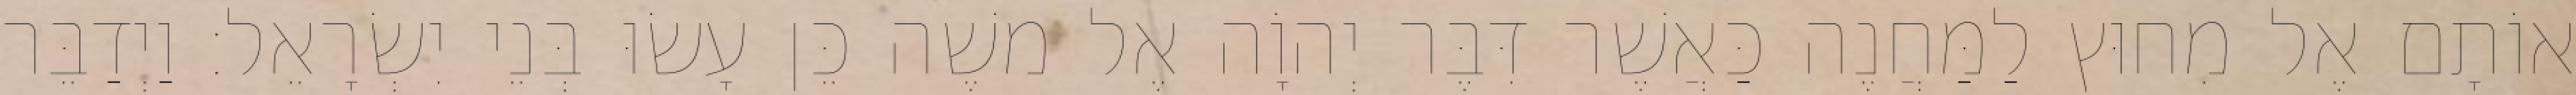
אוֹתָם אֶל מִחוּץ לַמַּחֲנֶה כַּאֲשֶׁר דִּבֶּר יְהוָֹה אֶל משֶׁה כֵּן עָשׂוּ בְּנֵי יִשְׂרָאֵל׃ וַיְדַבֵּר